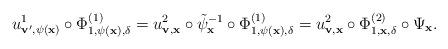
LaTeX: \begin{align*}u^1_{{\bf v}',\psi({\bf x})} \circ \Phi^{(1)}_{1,\psi({\bf x}),\delta}=u^2_{{\bf v},{\bf x}} \circ \tilde{\psi}_{\bf x}^{-1} \circ \Phi^{(1)}_{1,\psi({\bf x}),\delta}=u^2_{{\bf v},{\bf x}} \circ \Phi^{(2)}_{1,{\bf x},\delta}\circ \Psi_{\bf x}.\end{align*}